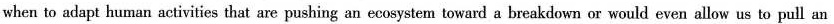
when to adapt human activities that are pushing an ecosystem toward a breakdown or would even allow us to pull an